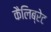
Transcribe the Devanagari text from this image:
कैलिब्रेट